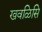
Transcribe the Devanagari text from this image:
खवळिसि